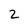
Character: 2